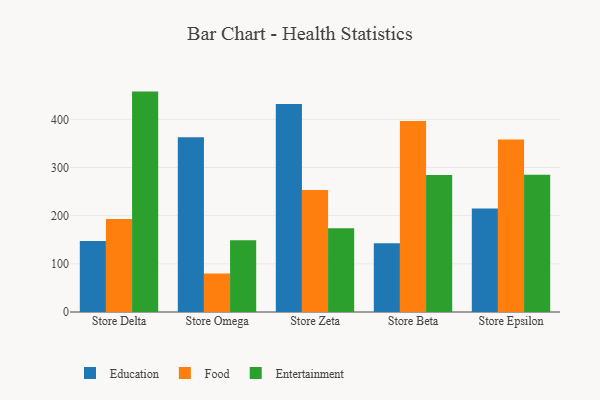
{"axis": {"x": "Store", "y": "Website Visitors"}, "legend": ["Education", "Entertainment", "Food"], "data": [{"x": "Store Delta", "y": 147.4, "type": "Education"}, {"x": "Store Delta", "y": 192.9, "type": "Food"}, {"x": "Store Delta", "y": 457.6, "type": "Entertainment"}, {"x": "Store Omega", "y": 362.6, "type": "Education"}, {"x": "Store Omega", "y": 80.1, "type": "Food"}, {"x": "Store Omega", "y": 148.9, "type": "Entertainment"}, {"x": "Store Zeta", "y": 431.7, "type": "Education"}, {"x": "Store Zeta", "y": 253.1, "type": "Food"}, {"x": "Store Zeta", "y": 174.0, "type": "Entertainment"}, {"x": "Store Beta", "y": 142.5, "type": "Education"}, {"x": "Store Beta", "y": 396.8, "type": "Food"}, {"x": "Store Beta", "y": 284.6, "type": "Entertainment"}, {"x": "Store Epsilon", "y": 214.7, "type": "Education"}, {"x": "Store Epsilon", "y": 358.4, "type": "Food"}, {"x": "Store Epsilon", "y": 284.9, "type": "Entertainment"}]}